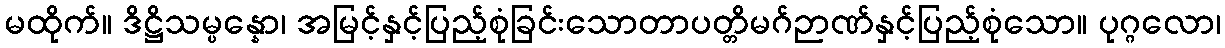
မထိုက်။ ဒိဋ္ဌိသမ္ပန္နော၊ အမြင့်နှင့်ပြည့်စုံခြင်းသောတာပတ္တိမဂ်ဉာဏ်နှင့်ပြည့်စုံသော။ ပုဂ္ဂလော၊